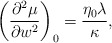
\begin{align*} \left(\frac{\partial^2\mu}{\partial w^2}\right)_0=\frac{\eta_0\lambda}{\kappa},\end{align*}